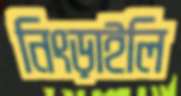
নিংড়াইলি